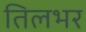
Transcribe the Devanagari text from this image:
तिलभर